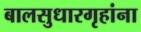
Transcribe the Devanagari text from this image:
बालसुधारगृहांना